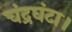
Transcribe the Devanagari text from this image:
चंद्रघंटा।